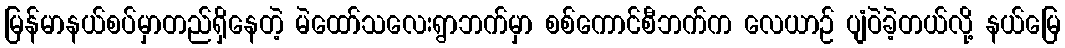
မြန်မာနယ်စပ်မှာတည်ရှိနေတဲ့ မဲထော်သလေးရွာဘက်မှာ စစ်ကောင်စီဘက်က လေယာဉ် ပျံဝဲခဲ့တယ်လို့ နယ်မြေ